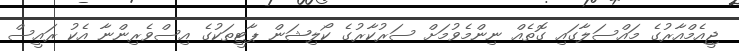
ޖީއެމްއާރުގެ މައްސަލާގައި ގޮތެއް ނިންމެވުމަށް ސަރުކާރުގެ ކޯލިޝަން ޕާޓީތަކުގެ އިސްވެރިންނާ އެކު ރައީސް